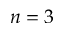
n = 3